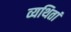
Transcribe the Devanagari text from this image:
व्यथितां